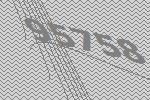
95758